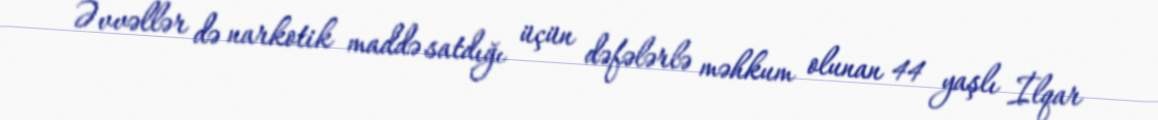
Əvvəllər də narkotik maddə satdığı üçün dəfələrlə məhkum olunan 44 yaşlı İlqar